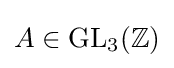
A\in \mathrm {GL} _{3}(\mathbb {Z} )